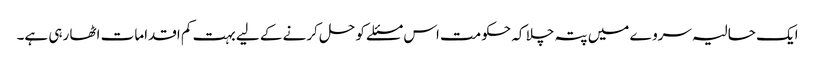
ایک حالیہ سروے میں پتہ چلا کہ حکومت اس مسئلے کو حل کرنے کے لیے بہت کم اقدامات اٹھا رہی ہے۔